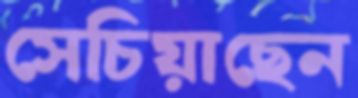
সেচিয়াছেন